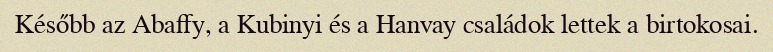
Később az Abaffy, a Kubinyi és a Hanvay családok lettek a birtokosai.